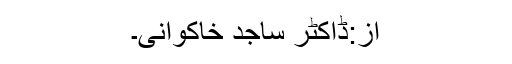
از:ڈاکٹر ساجد خاکوانی۔